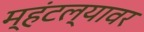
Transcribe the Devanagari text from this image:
म्हंटल्यावर